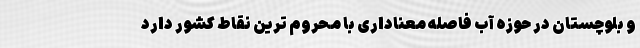
و بلوچستان در حوزه آب فاصله معناداری با محروم ترین نقاط کشور دارد